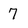
Character: 7